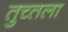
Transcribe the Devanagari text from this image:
तुच्तला